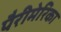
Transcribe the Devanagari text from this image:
पैरीमेरिका